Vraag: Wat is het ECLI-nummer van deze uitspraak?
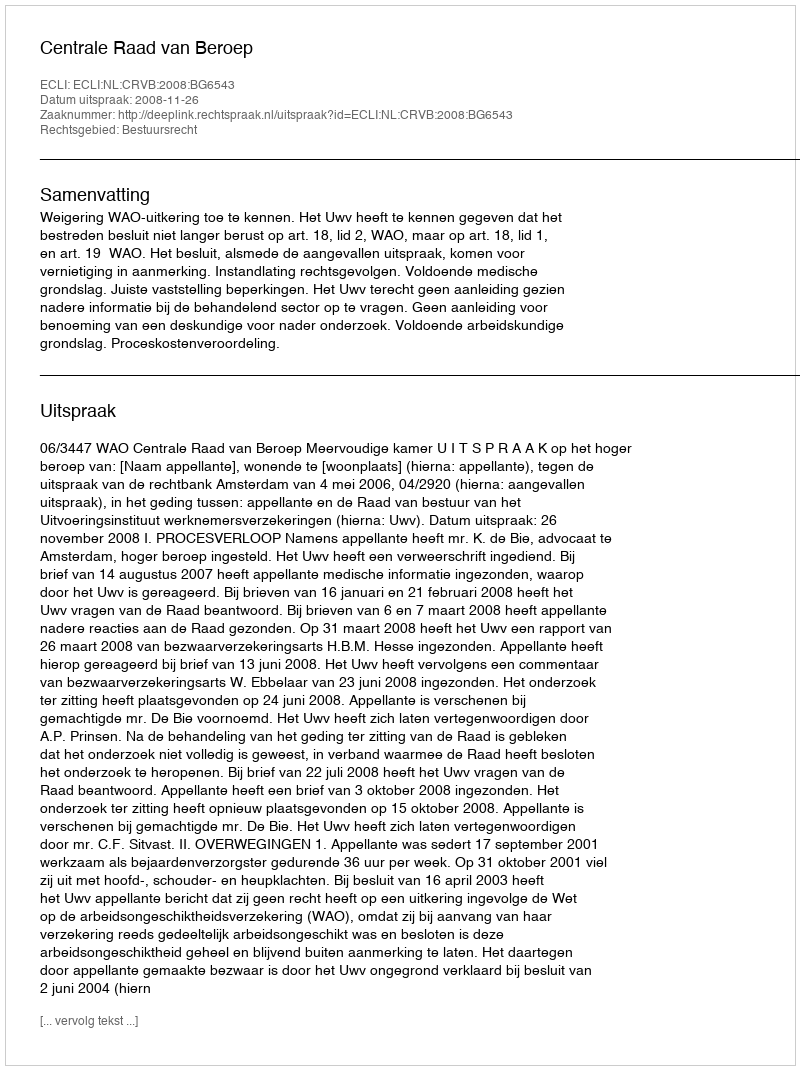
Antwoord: ECLI:NL:CRVB:2008:BG6543